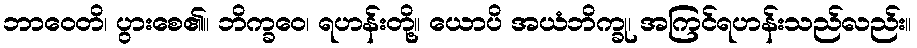
ဘာဝေတိ၊ ပွားစေ၏။ ဘိက္ခဝေ၊ ရဟန်းတို့။ ယောပိ အယံဘိက္ခု၊ အကြင်ရဟန်းသည်လည်း။